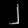
Digit: ၂